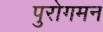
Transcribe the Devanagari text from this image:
पुरोगमन